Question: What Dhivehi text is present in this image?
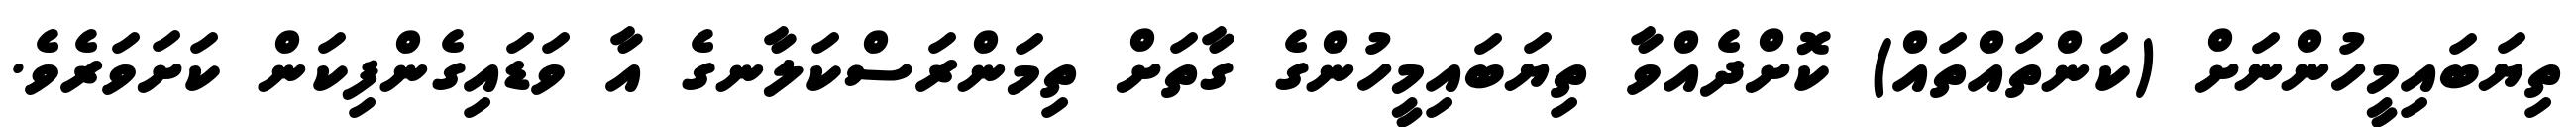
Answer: ތިޔަބައިމީހުންނަށް (ކަންތައްތައް) ކޮށްދެއްވާ ތިޔަބައިމީހުންގެ ގާތަށް ތިމަންރަސްކަލާނގެ އާ ވަޑައިގެންފިކަން ކަށަވަރެވެ.